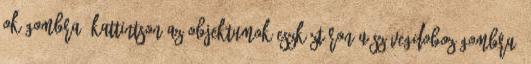
OK gombra. Kattintson az Objektumok eszköztáron a Szövegdoboz gombra.